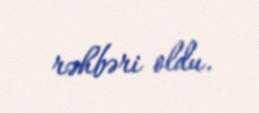
rəhbəri oldu.